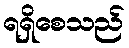
ရရှိစေသည်